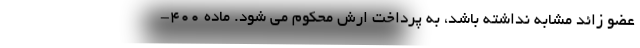
عضو زائد مشابه نداشته باشد، به پرداخت ارش محکوم می شود. ماده ۴۰۰-